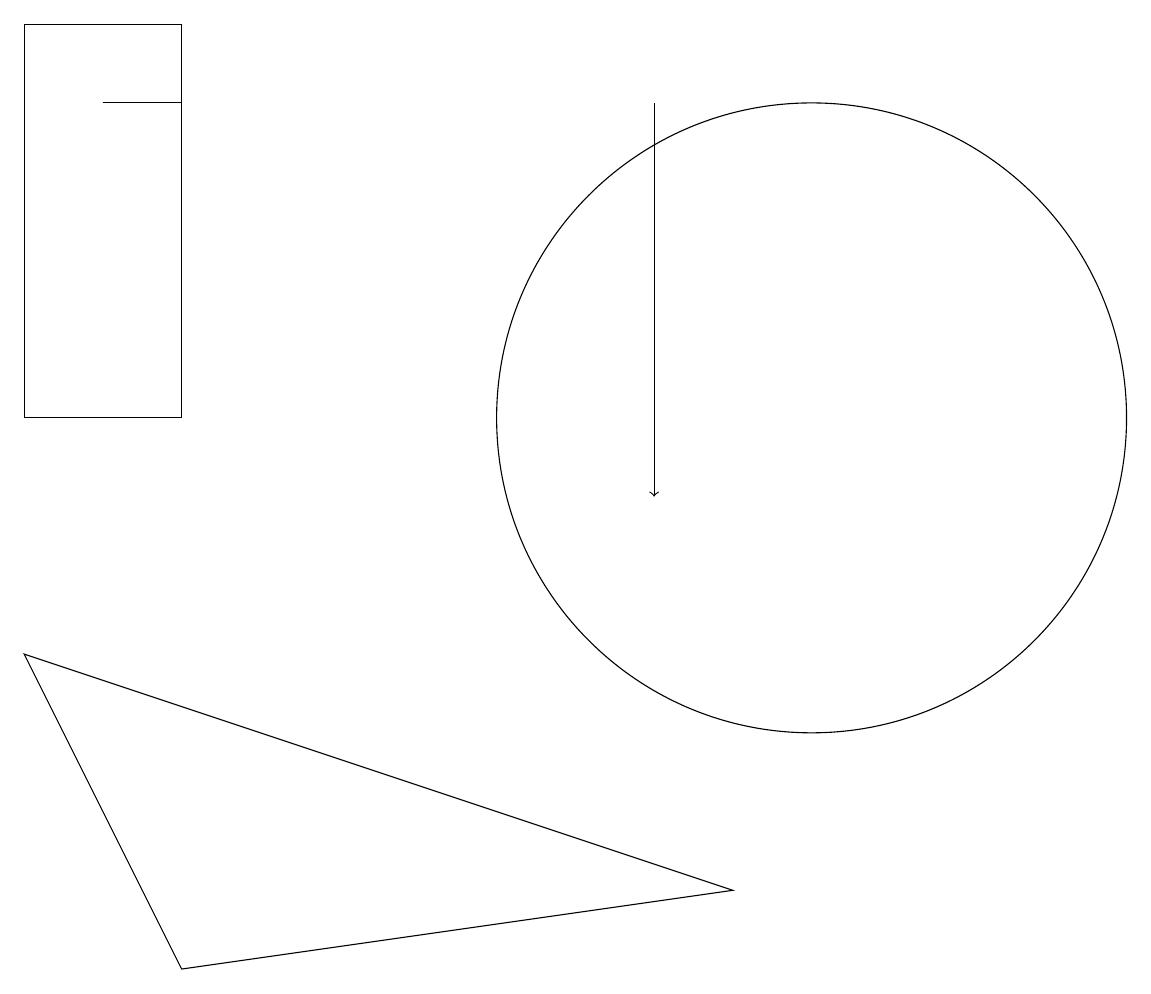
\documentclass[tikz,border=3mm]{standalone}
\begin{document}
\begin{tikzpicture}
\draw (10,11) circle (4);
\draw (2,16) rectangle (0,11);
\draw (1,15) rectangle (2,15);
\draw[->] (8,15) -- (8,10);
\draw (0,8) -- (2,4) -- (9,5) -- cycle;
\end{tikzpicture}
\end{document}